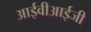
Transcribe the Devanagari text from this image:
आईवीआईजी